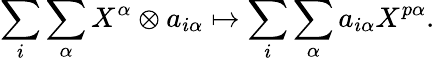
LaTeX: \sum_{i}\sum_{\alpha}X^{\alpha}\otimes a_{i\alpha}\mapsto\sum_{i}\sum_{\alpha}a_{i\alpha}X^{p\alpha}.